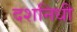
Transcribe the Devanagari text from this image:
दशनिधी